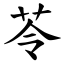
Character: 苓